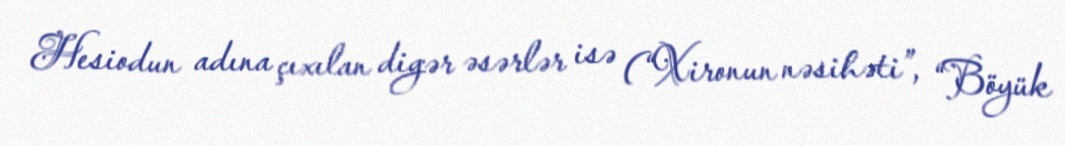
Hesiodun adına çıxılan digər əsərlər isə (“Xironun nəsihəti”, “Böyük